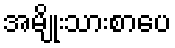
အမျိုးသားစာပေ